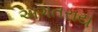
અગતરાય